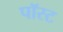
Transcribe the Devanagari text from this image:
पॉस्ट